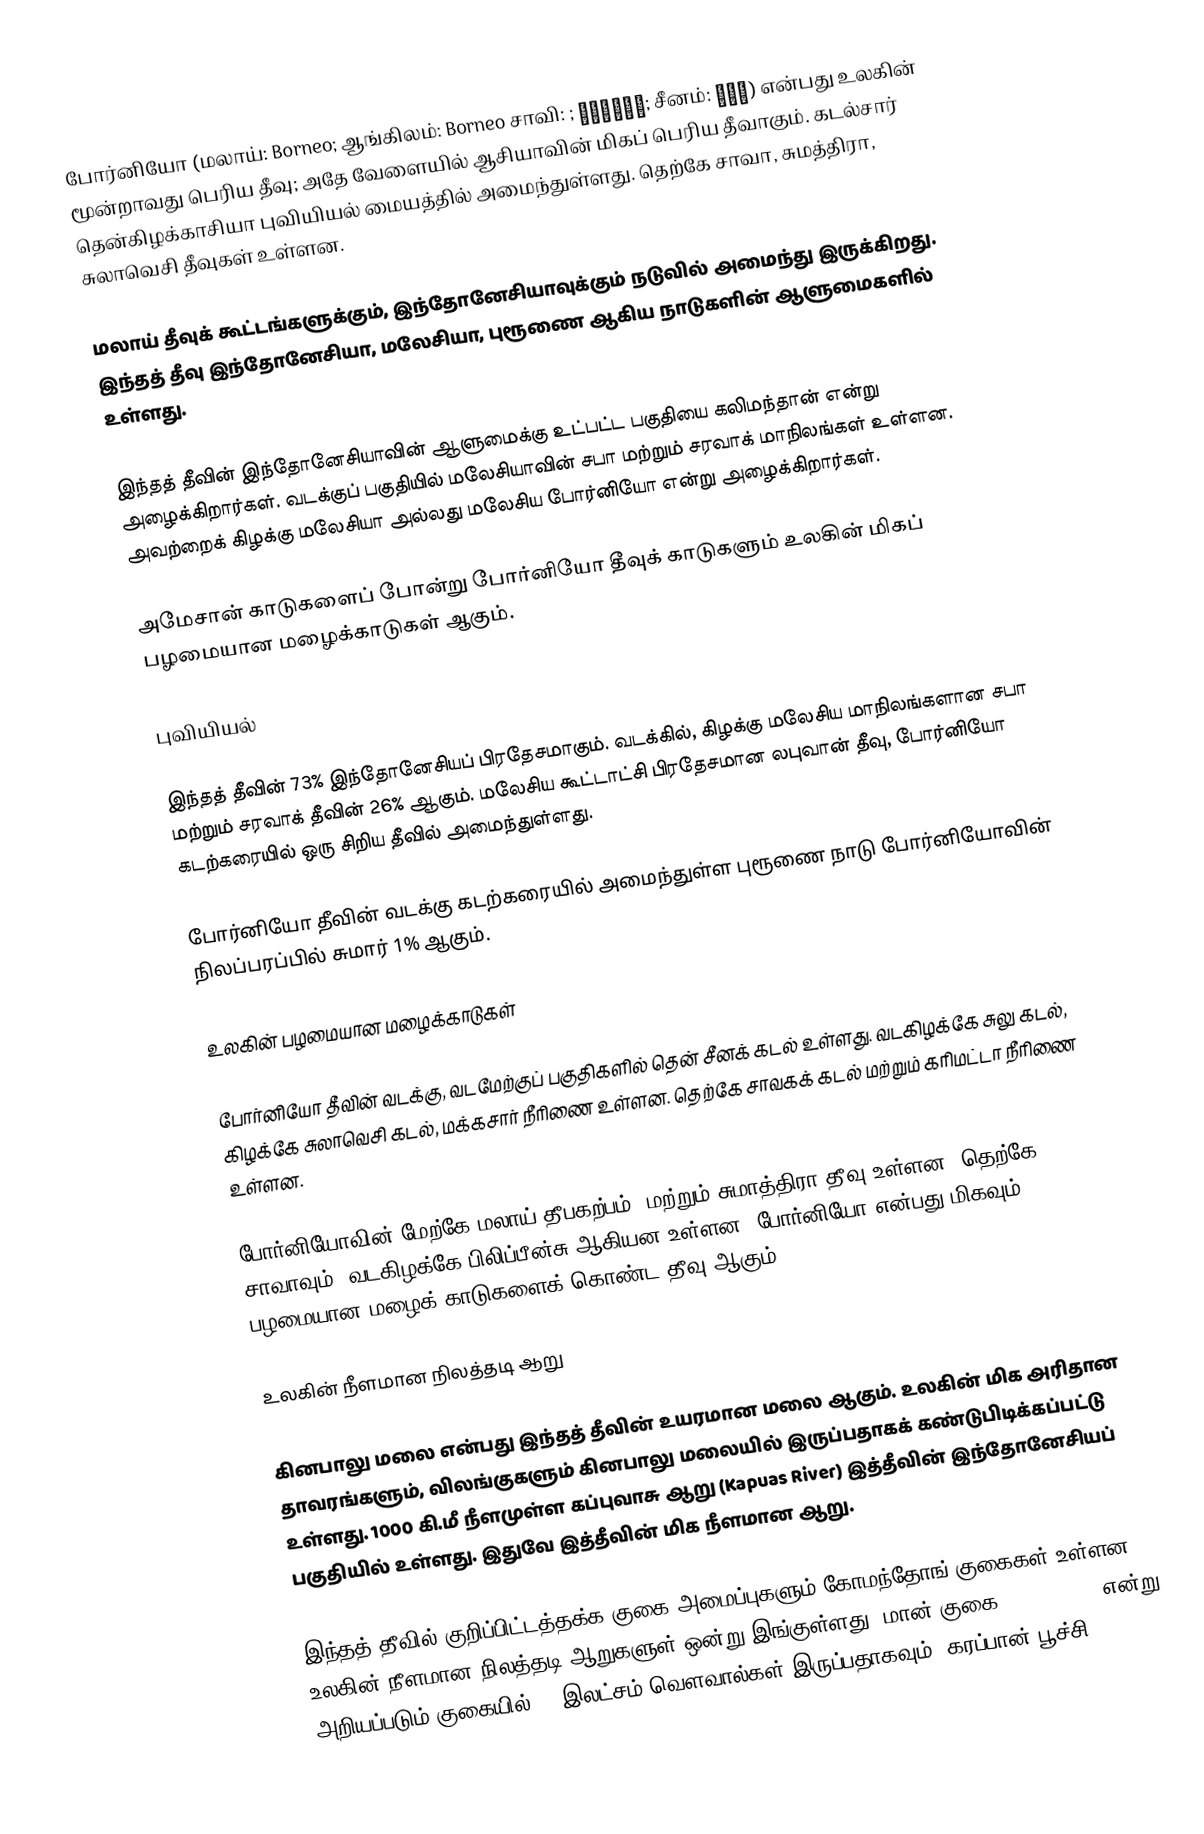
போர்னியோ (மலாய்: Borneo; ஆங்கிலம்: Borneo சாவி: ; بورنيو; சீனம்: 婆罗洲) என்பது உலகின் மூன்றாவது பெரிய தீவு; அதே வேளையில் ஆசியாவின் மிகப் பெரிய தீவாகும். கடல்சார் தென்கிழக்காசியா புவியியல் மையத்தில் அமைந்துள்ளது. தெற்கே சாவா, சுமத்திரா, சுலாவெசி தீவுகள் உள்ளன.

மலாய் தீவுக் கூட்டங்களுக்கும், இந்தோனேசியாவுக்கும் நடுவில் அமைந்து இருக்கிறது. இந்தத் தீவு இந்தோனேசியா, மலேசியா, புரூணை ஆகிய நாடுகளின் ஆளுமைகளில் உள்ளது.

இந்தத் தீவின் இந்தோனேசியாவின் ஆளுமைக்கு உட்பட்ட பகுதியை கலிமந்தான் என்று அழைக்கிறார்கள். வடக்குப் பகுதியில் மலேசியாவின் சபா மற்றும் சரவாக் மாநிலங்கள் உள்ளன. அவற்றைக் கிழக்கு மலேசியா அல்லது மலேசிய போர்னியோ என்று அழைக்கிறார்கள்.

அமேசான் காடுகளைப் போன்று போர்னியோ தீவுக் காடுகளும் உலகின் மிகப் பழமையான மழைக்காடுகள் ஆகும்.

புவியியல்

இந்தத் தீவின் 73% இந்தோனேசியப் பிரதேசமாகும். வடக்கில், கிழக்கு மலேசிய மாநிலங்களான சபா மற்றும் சரவாக் தீவின் 26% ஆகும். மலேசிய கூட்டாட்சி பிரதேசமான லபுவான் தீவு, போர்னியோ கடற்கரையில் ஒரு சிறிய தீவில் அமைந்துள்ளது.

போர்னியோ தீவின் வடக்கு கடற்கரையில் அமைந்துள்ள புரூணை நாடு போர்னியோவின் நிலப்பரப்பில் சுமார் 1% ஆகும்.

உலகின் பழமையான மழைக்காடுகள்

போர்னியோ தீவின் வடக்கு, வடமேற்குப் பகுதிகளில் தென் சீனக் கடல் உள்ளது. வடகிழக்கே சுலு கடல், கிழக்கே சுலாவெசி கடல், மக்கசார் நீரிணை உள்ளன. தெற்கே சாவகக் கடல் மற்றும் கரிமட்டா நீரிணை உள்ளன.

போர்னியோவின் மேற்கே மலாய் தீபகற்பம், மற்றும் சுமாத்திரா தீவு உள்ளன. தெற்கே சாவாவும், வடகிழக்கே பிலிப்பீன்சு ஆகியன உள்ளன. போர்னியோ என்பது மிகவும் பழமையான மழைக் காடுகளைக் கொண்ட தீவு ஆகும்.

உலகின் நீளமான நிலத்தடி ஆறு

கினபாலு மலை என்பது இந்தத் தீவின் உயரமான மலை ஆகும். உலகின் மிக அரிதான தாவரங்களும், விலங்குகளும் கினபாலு மலையில் இருப்பதாகக் கண்டுபிடிக்கப்பட்டு உள்ளது. 1000 கி.மீ நீளமுள்ள கப்புவாசு ஆறு (Kapuas River) இத்தீவின் இந்தோனேசியப் பகுதியில் உள்ளது. இதுவே இத்தீவின் மிக நீளமான ஆறு.

இந்தத் தீவில் குறிப்பிட்டத்தக்க குகை அமைப்புகளும் கோமந்தோங் குகைகள் உள்ளன. உலகின் நீளமான நிலத்தடி ஆறுகளுள் ஒன்று இங்குள்ளது. மான் குகை (Deer Cave) என்று அறியப்படும் குகையில் 30 இலட்சம் வௌவால்கள் இருப்பதாகவும்; கரப்பான் பூச்சி